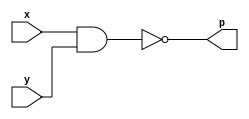
module nandgate(
    input x,
    input y,
    output p
);

assign p = ~(x&y);
endmodule